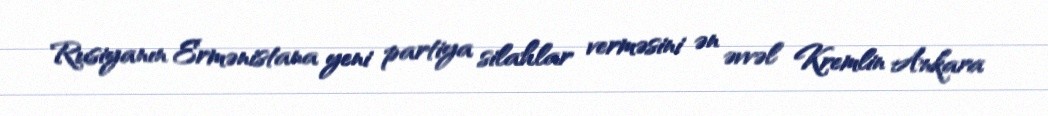
Rusiyanın Ermənistana yeni partiya silahlar verməsini ən əvvəl Kremlin Ankara